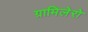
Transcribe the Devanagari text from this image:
ग्रामिलेरो